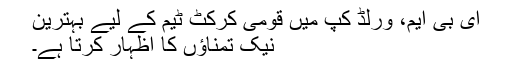
ای بی ایم، ورلڈ کپ میں قومی کرکٹ ٹیم کے لیے بہترین
نیک تمناؤں کا اظہار کرتا ہے۔